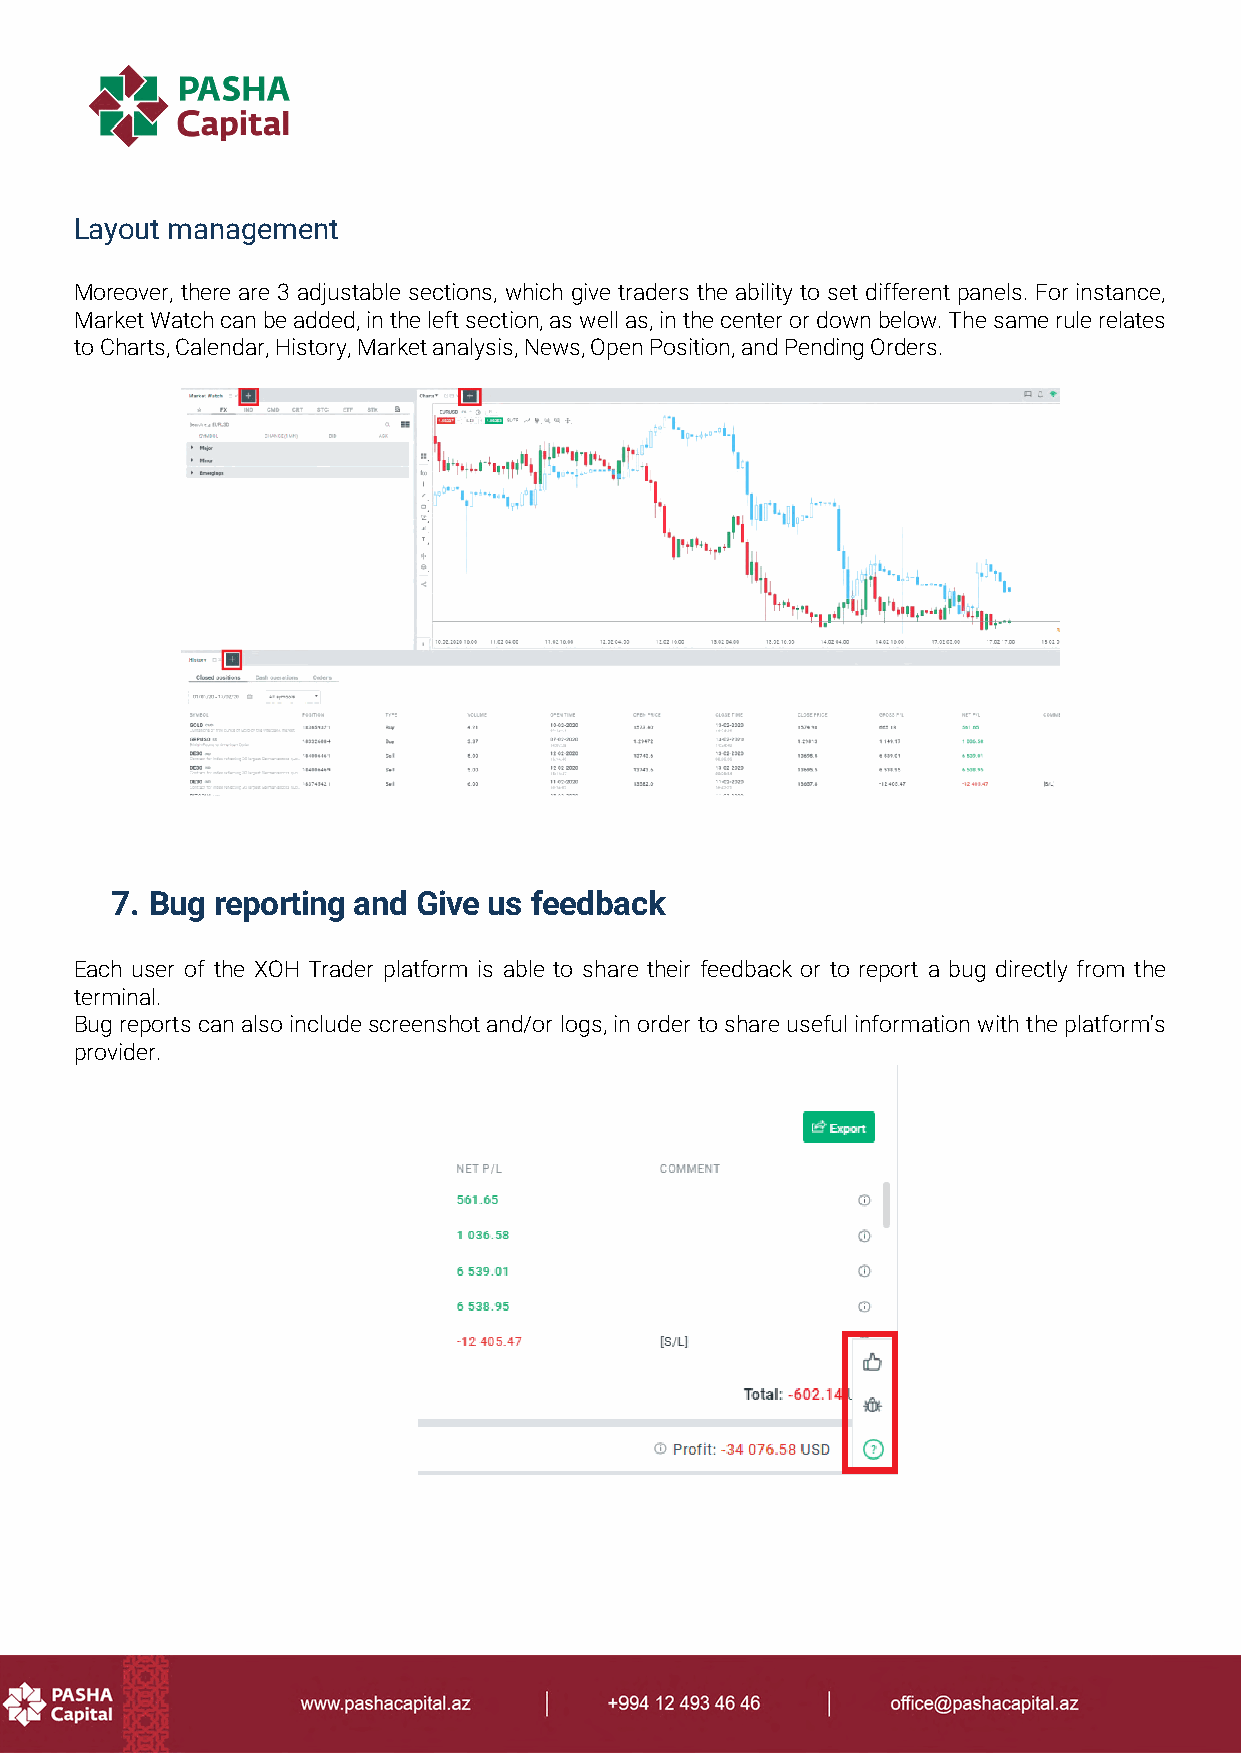
Layout management
 Moreover, there are 3 adjustable sections, which give traders the ability to set different panels. For instance,
 Market Watch can be added, in the left section, as well as, in the center or down below. The same rule relates
 to Charts, Calendar, History, Market analysis, News, Open Position, and Pending Orders.
 7. Bug reporting and Give us feedback
 Each user of the XOH Trader platform is able to share their feedback or to report a bug directly from the
 terminal.
 Bug reports can also include screenshot and/or logs, in order to share useful information with the platform's
 provider.